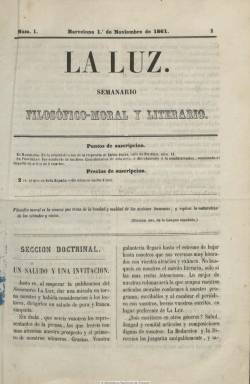
Título: La Luz (Barcelona. 1861)
Colección: Religión
Ámbito geográfico: Barcelona
Lugar de publicación: Barcelona
Fechas: 01/11/1861-28/12/1862

Con el subtítulo “semanario filosófico-moral y literario”, salía los domingos, a partir del uno de noviembre de 1861, fundado y dirigido por José Amores y Carbonell (1832-1891), que será presbítero beneficiado de Santa María del Mar, de Barcelona, y que años después, al estallar la revolución de 1868, tendrá que salir huyendo hacia Francia. En números de ocho páginas y compuesta a dos columnas, la publicación está dividida en dos secciones. La primera, doctrinal, con textos de índole apologética y defensores de la moral católica, con incursiones en aspectos sociales, como son el matrimonio o el asociacionismo de las mujeres en torno a las congregaciones religiosas.

A través de estos artículos, el periódico se mostrará contrario, por ejemplo, a la práctica de los duelos y al suicidio, pero también se declarará enemigo del “libre examen” y de lo que, desde una posición neocatólica y balmesiana, se denominaba “progreso indefinido”. La otra parte será literaria, con algunas composiciones en verso, leyendas, relatos o bibliografía. También incluye algunos obituarios y artículos sobre juegos florales, fiestas o el monasterio de El Escorial.

Junto a los artículos del propio Amores, que también fue colaborador en otras publicaciones periódicas, aparecen los de un nutrido número de colaboradores, de los que citamos a Aniceto de Pagés de Puig, Francisco de Asís Renau, Pedro Mártir Pujals, Tomás Illa Balaguer, Joaquín Roca y Cornet, Luis Gallardo Bastant o María Josefa Massanés de González.

La colección está formada por 61 números, correspondiendo el último al 28 de diciembre de 1862, que forman un tomo, con un total de 488 páginas, que incluye, al final, un índice. Por tanto, a penas duró un año. Jaime Jepús, además de impresor, aparece como editor responsable.